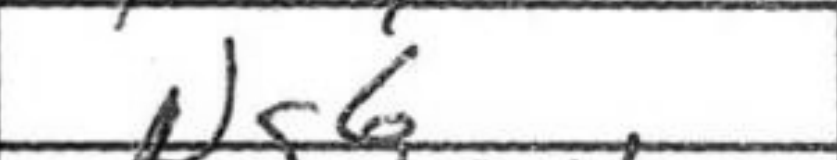
Transcription: Ng6